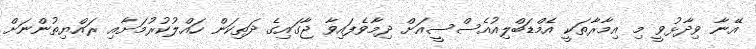
އޭނާ ވިދާޅުވީ މި އިމާރާތަކީ އެމްޑަބްލިއުއެސްސީއަށް ދިމާވެފައިވާ ޖާގައިގެ ދަތިކަން ހައްލުކުރުމަށާއި ރައްޔިތުންނަށް